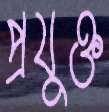
প্রযুক্ত